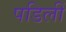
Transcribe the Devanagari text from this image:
पडिलीं